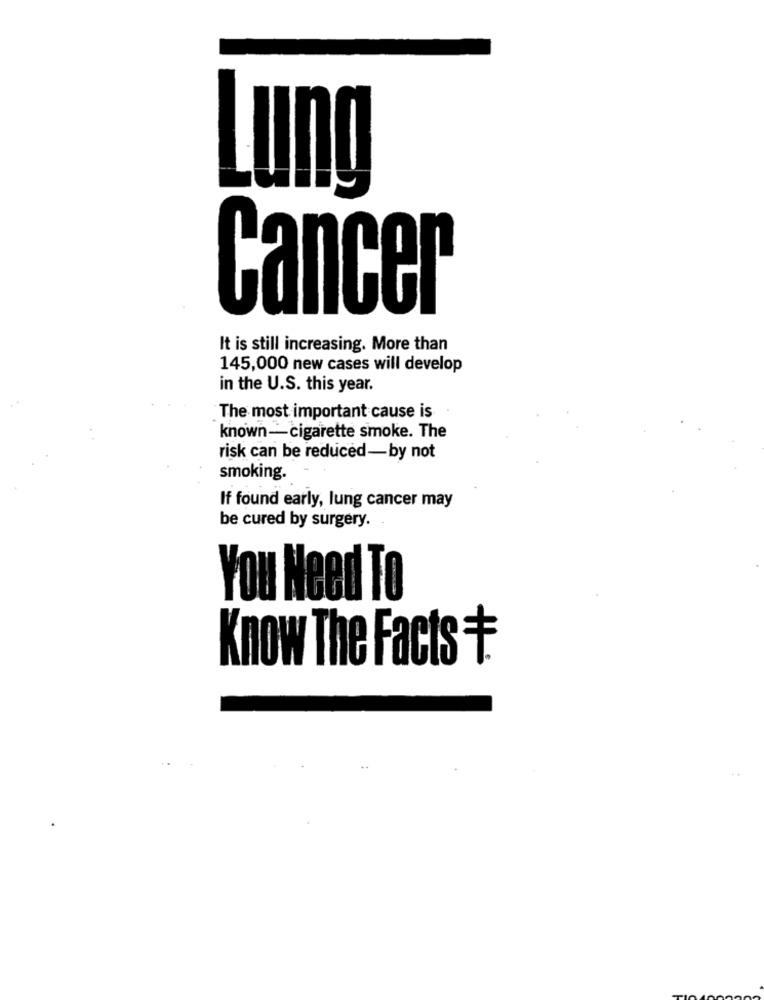
Lung
Cancer
It is still increasing. More than
145,000 new cases will develop
in the U.S. this year.
The most important cause is
known-cigarette smoke. The
risk can be reduced-by not
smoking.
If found early, lung cancer may
be cured by surgery.
You Need To
Know The Facts +